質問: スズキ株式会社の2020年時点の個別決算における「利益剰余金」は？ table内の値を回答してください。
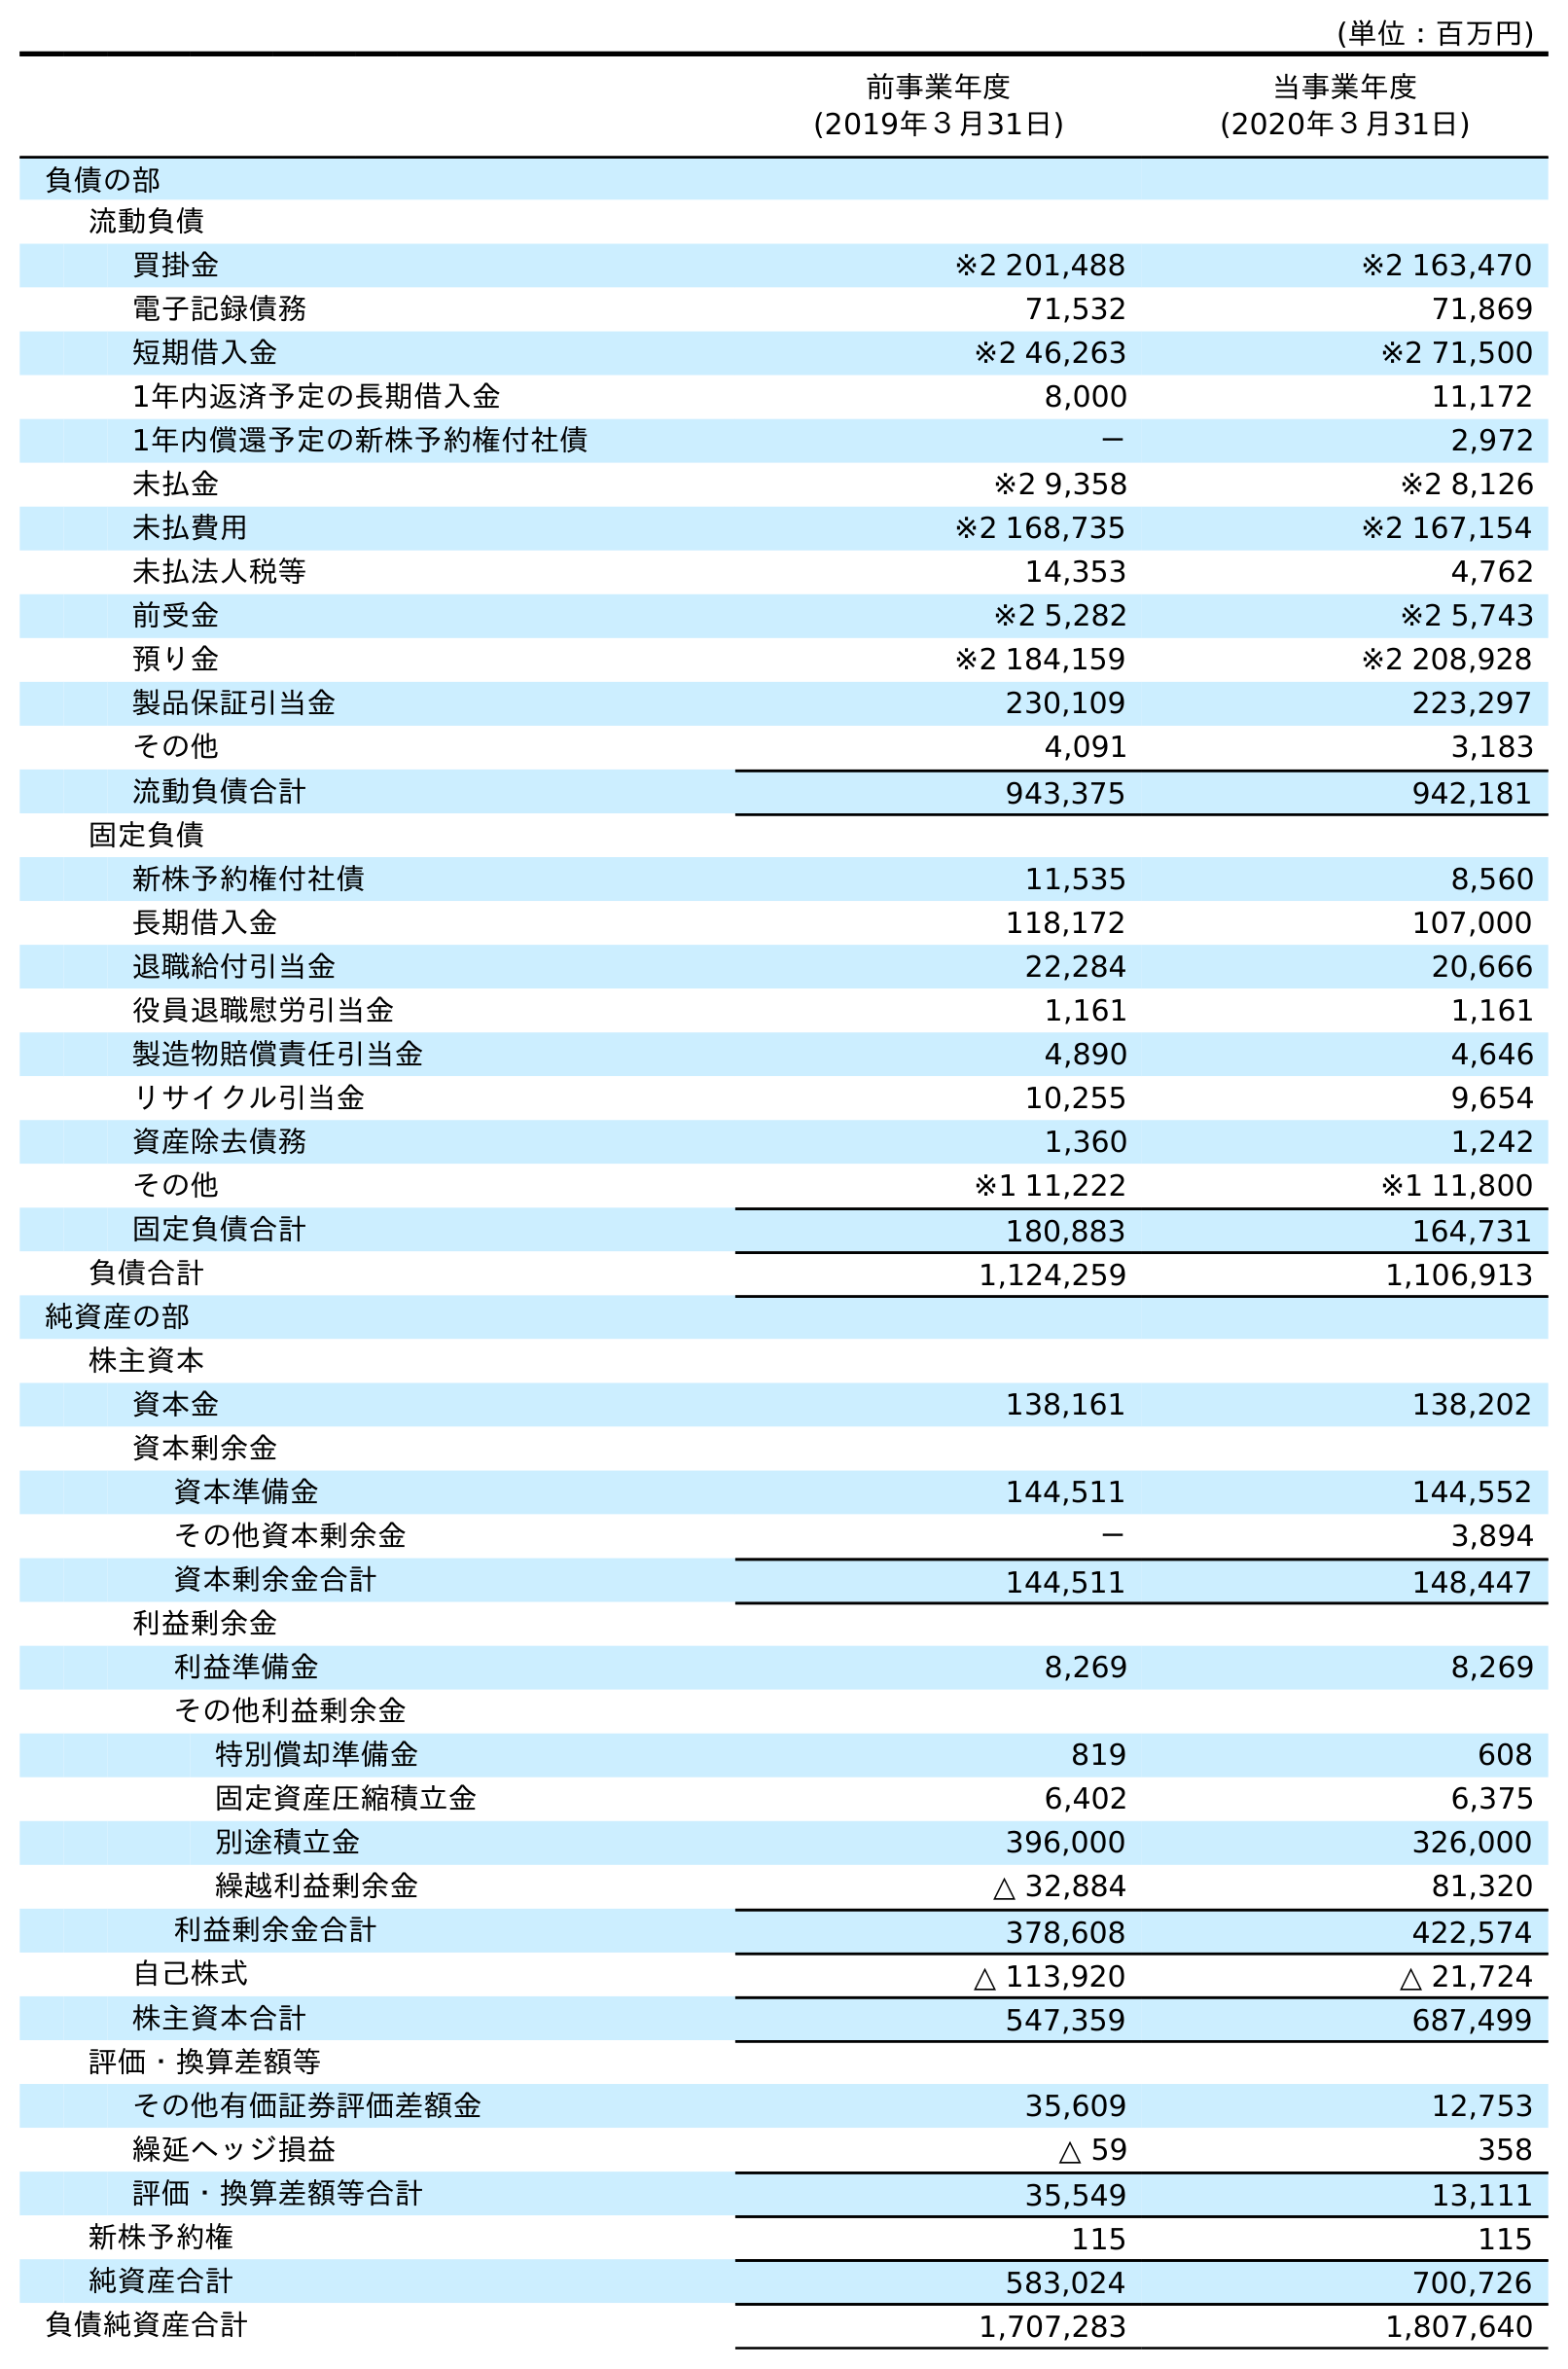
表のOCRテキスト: (単位：百万円) 前事業年度 (2019年３月31日) 当事業年度 (2020年３月31日) 負債の部 流動負債 買掛金 ※2 201,488 ※2 163,470 電子記録債務 71,532 71,869 短期借入金 ※2 46,263 ※2 71,500 1年内返済予定の長期借入金 8,000 11,172 1年内償還予定の新株予約権付社債 － 2,972 未払金 ※2 9,358 ※2 8,126 未払費用 ※2 168,735 ※2 167,154 未払法人税等 14,353 4,762 前受金 ※2 5,282 ※2 5,743 預り金 ※2 184,159 ※2 208,928 製品保証引当金 230,109 223,297 その他 4,091 3,183 流動負債合計 943,375 942,181 固定負債 新株予約権付社債 11,535 8,560 長期借入金 118,172 107,000 退職給付引当金 22,284 20,666 役員退職慰労引当金 1,161 1,161 製造物賠償責任引当金 4,890 4,646 リサイクル引当金 10,255 9,654 資産除去債務 1,360 1,242 その他 ※1 11,222 ※1 11,800 固定負債合計 180,883 164,731 負債合計 1,124,259 1,106,913 純資産の部 株主資本 資本金 138,161 138,202 資本剰余金 資本準備金 144,511 144,552 その他資本剰余金 － 3,894 資本剰余金合計 144,511 148,447 利益剰余金 利益準備金 8,269 8,269 その他利益剰余金 特別償却準備金 819 608 固定資産圧縮積立金 6,402 6,375 別途積立金 396,000 326,000 繰越利益剰余金 △ 32,884 81,320 利益剰余金合計 378,608 422,574 自己株式 △ 113,920 △ 21,724 株主資本合計 547,359 687,499 評価・換算差額等 その他有価証券評価差額金 35,609 12,753 繰延ヘッジ損益 △ 59 358 評価・換算差額等合計 35,549 13,111 新株予約権 115 115 純資産合計 583,024 700,726 負債純資産合計 1,707,283 1,807,640
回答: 422,574